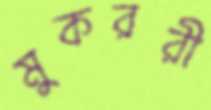
মুকররী